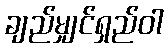
ချည်မျှင်ရှည်ဝါ